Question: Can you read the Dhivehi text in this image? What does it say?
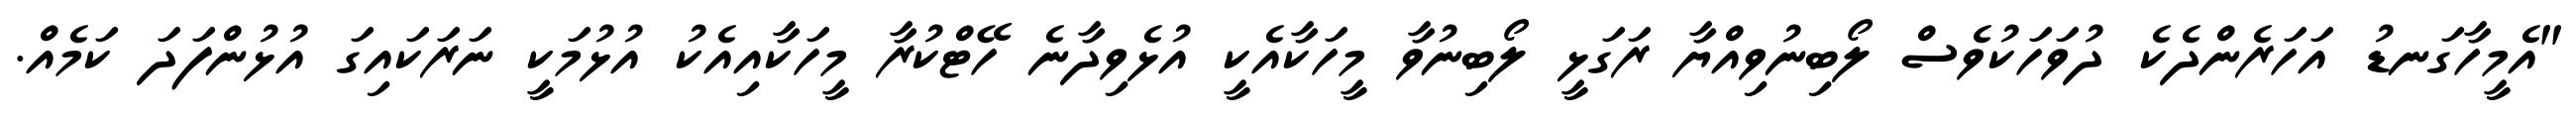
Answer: "އެމީހާގަނޑު އަހަރެންދެކެ ދުވަހަކުވެސް ލޯބިނުވިއްޔާ ރަގަޅީ ލޯބިނުވާ މީހަކާއެކީ އުޅެވިދާނެ ހޭޓްކުރާ މީހަކާއިއެކު އުޅުމަކީ ނަރަކައިގަ އުޅުންފަދަ ކަމެއް.